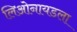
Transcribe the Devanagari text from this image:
लिओनायडला